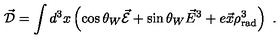
\vec { \cal D } = \int d ^ { 3 } x \left( \cos \theta _ { W } \vec { \cal E } + \sin \theta _ { W } \vec { E } ^ { 3 } + e \vec { x } \rho _ { \mathrm { r a d } } ^ { 3 } \right) \ .